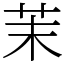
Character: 茉